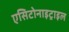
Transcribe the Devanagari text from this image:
एसिटोनाइट्राइल